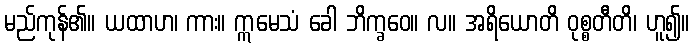
မည်ကုန်၏။ ယထာဟ၊ ကား။ ဣမေသံ ခေါ ဘိက္ခဝေ။ လ။ အရိယောတိ ဝုစ္စတီတိ၊ ဟူ၍။